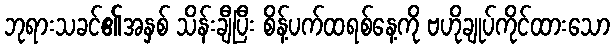
ဘုရားသခင်၏အနှစ် သိန်းချီပြီး စိန့်ပက်ထရစ်နေ့ကို ဗဟိုချုပ်ကိုင်ထားသော